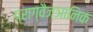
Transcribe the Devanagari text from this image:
प्राग्वैज्ञानिक